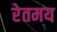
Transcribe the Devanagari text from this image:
रेतमय